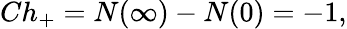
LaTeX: Ch_{+}=N(\infty)-N(0)=-1,